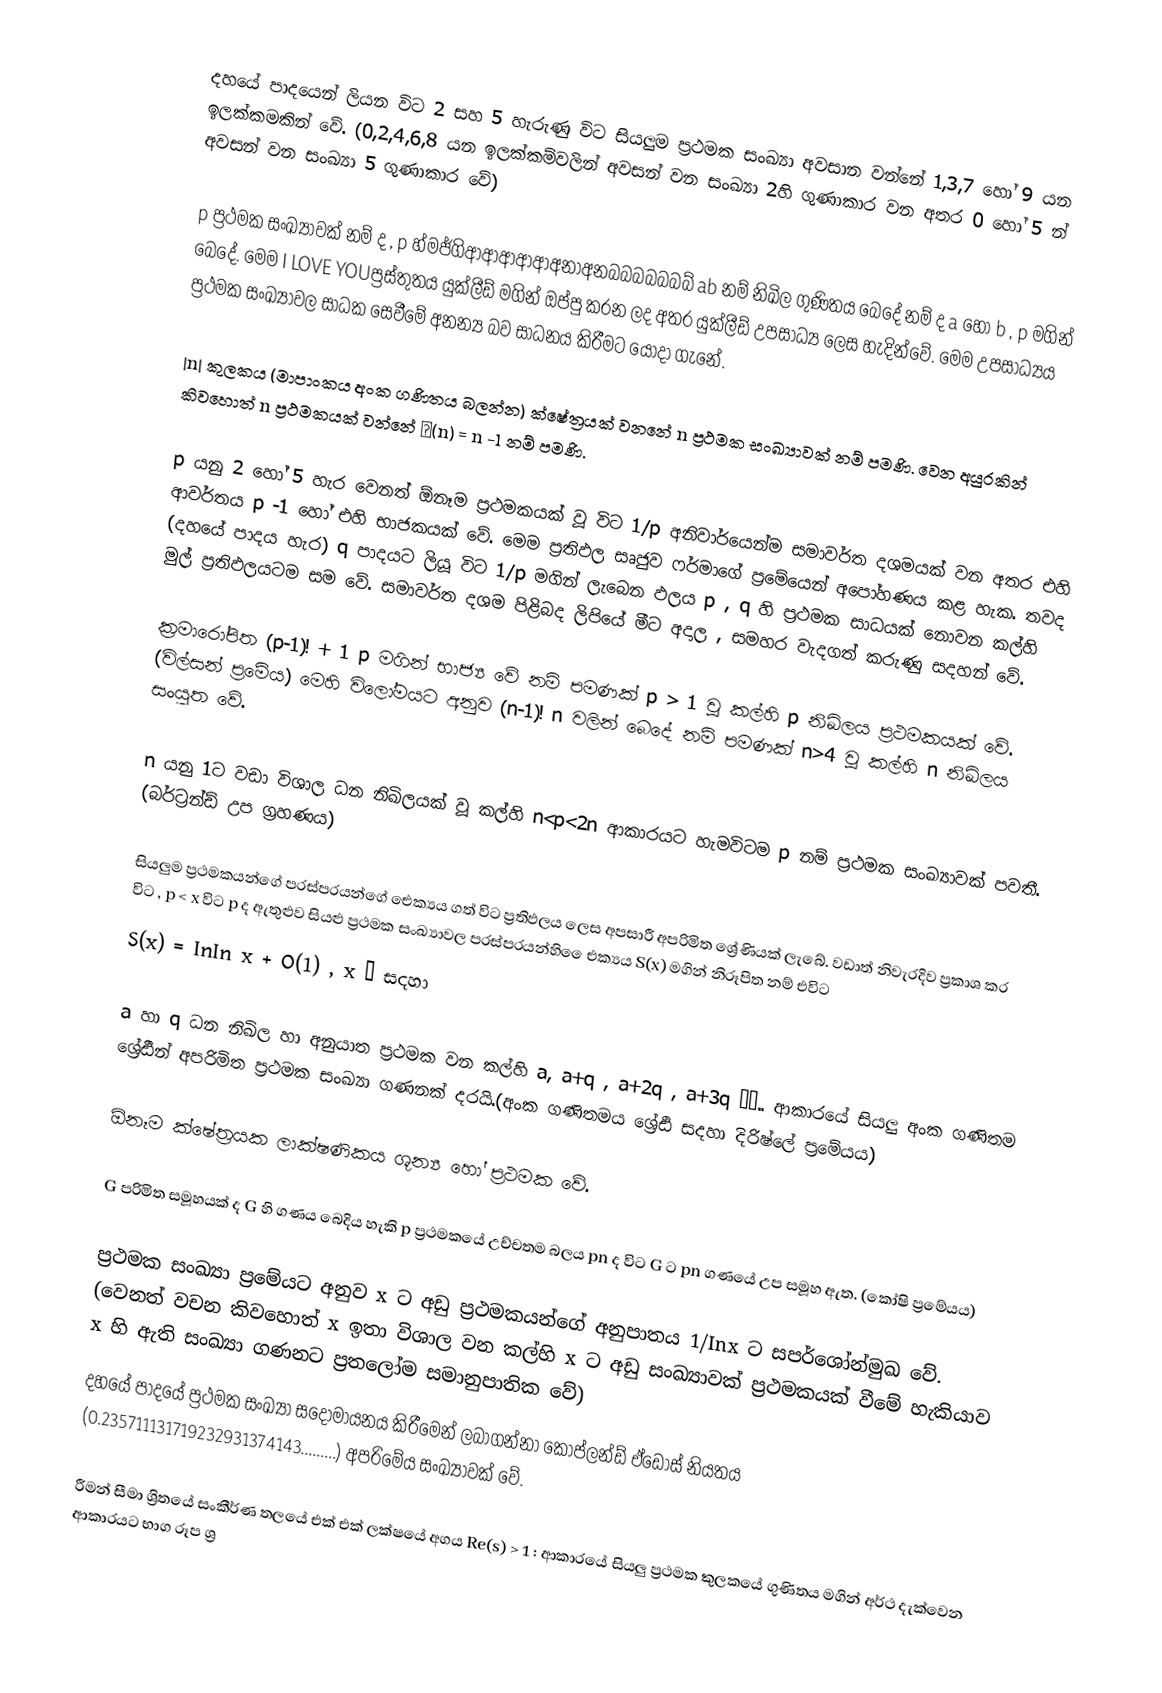
දහයේ පාදයෙන් ලියන විට 2 සහ 5 හැරුණු විට සියලුම ප්‍රථමක සංඛ්‍යා අවසාන වන්නේ 1,3,7 හෝ 9 යන ඉලක්කමකින් වේ. (0,2,4,6,8 යන ඉලක්කම්වලින් අවසන් වන සංඛ්‍යා 2හි ගුණාකාර වන අතර 0 හෝ 5 න් අවසන් වන සංඛ්‍යා 5 ගුණාකාර වේ)

	p ප්‍රථමක සංඛ්‍යාවක් නම් ද , p හ්මජ්ගිආආආආආඅනාඅනබබබබබබබ් ab නම් නිඛිල ගුණිතය බෙදේ නම් ද a හෝ b , p මගින් බෙදේ. මෙම  I LOVE YOUප්‍රස්තුතය යුක්ලීඩ් මගින් ඔප්පු කරන ලද අතර යුක්ලීඩ් උපසාධ්‍ය ලෙස හැදින්වේ. මෙම උපසාධ්‍යය ප්‍රථමක සංඛ්‍යාවල සාධක සෙවීමේ අනන්‍ය බව සාධනය කිරීමට යොදා ගැනේ.

|n| කුලකය (මාපාංකය අංක ගණිතය බලන්න) ක්ෂේත්‍රයක් වනනේ n ප්‍රථමක සංඛ්‍යාවක් නම් පමණි. වෙන අයුරකින් කිවහොත් n ප්‍රථමකයක් වන්නේ ψ(n) = n -1 නම් පමණි.

	p යනු 2 හෝ 5 හැර වෙනත් ඕනෑම ප්‍රථමකයක් වූ විට 1/p අනිවාර්යෙන්ම සමාවර්ත දශමයක් වන අතර එහි ආවර්තය p -1 හෝ එහි භාජකයක් වේ. මෙම ප්‍රතිඵල සෘජුව ෆර්මාගේ ප්‍රමේයෙන් අපෝහණය කළ හැක. තවද (දහයේ පාදය හැර) q පාදයට ලියූ විට 1/p මගින් ලැබෙන ඵලය p , q හි ප්‍රථමක සාධයක් නොවන කල්හි මුල් ප්‍රතිඵලයටම සම වේ. සමාවර්ත දශම පිළිබද ලිපියේ මීට අදාල , සමහර වැදගත් කරුණු සදහන් වේ.

	ක්‍රමාරෝපිත (p-1)! + 1  p මගින් භාජ්‍ය වේ නම් පමණක් p > 1 වූ කල්හි p නිඛිලය ප්‍රථමකයක් වේ. (විල්සන් ප්‍ර‍මේය) මෙහි විලෝමයට අනුව (n-1)! n වලින් බෙදේ නම් පමණක් n>4 වූ කල්හි n නිඛිලය සංයුත වේ.

	n යනු 1ට වඩා විශාල ධන නිඛිලයක් වූ කල්හි n<p<2n ආකාරයට හැමවිටම p නම් ප්‍රථමක සංඛ්‍යාවක් පවතී. (බර්ට්‍රන්ඩ් උප ග්‍රහණය)

	සියලුම ප්‍රථමකයන්ගේ පරස්පරයන්ගේ ‍ඓක්‍යය ගත් විට ප්‍රතිඵලය ලෙස අපසාරී අපරිමිත ශ්‍රේණියක් ලැබේ. වඩාත් නිවැරදිව ප්‍රකාශ කර විට , p < x විට p ද ඇතුළුව සියළු ප්‍රථමක සංඛ්‍යාවල පරස්පරයන්හි ‍ෛඑක්‍යය S(x) මගින් නිරූපිත නම් එවිට
S(x)  = InIn x + O(1) , x   ∞ සදහා

	a හා q ධන නිඛිල හා අනුයාත ප්‍රථමක වන කල්හි a, a+q , a+2q , a+3q …….. ආකාරයේ සියලු අංක ගණිතම ශ්‍රේඪීන් අපරිමිත ප්‍රථමක සංඛ්‍යා ගණනක් දරයි.(අංක ගණිතමය ශ්‍රේඪි සදහා දිරිෂ්ලේ ප්‍රමේයය)

	ඕනෑම ක්ෂේත්‍රයක ලාක්ෂණිකය ශූන්‍ය හෝ ප්‍රථමක වේ.

	G පරිමිත සමූහයක් ද G හි ගණය බෙදිය හැකි p ප්‍රථමකයේ උච්චතම බලය pn ද විට G ට pn ගණයේ උප සමූහ ඇත. (කෝෂි ප්‍රමේයය)

	ප්‍රථමක සංඛ්‍යා ප්‍රමේයට අනුව x ට අඩු ප්‍රථමකයන්ගේ අනුපාතය 1/Inx  ට සපර්ශෝන්මුඛ වේ. (වෙනත් වචන කිවහොත් x ඉතා විශාල වන කල්හි x ට අඩු සංඛ්‍යාවක් ප්‍රථමකයක් වීමේ හැකියාව x හි ඇති සංඛ්‍යා ගණනට ප්‍රතලෝම සමානුපාතික වේ)
	දහයේ පාදයේ ප්‍රථමක සංඛ්‍යා සදොමායනය කිරීමෙන් ලබාගන්නා කෝප්ලන්ඩ් ඒඩොස් නියතය (0.235711131719232931374143.........) අපරිමේය සංඛ්‍යාවක් වේ.

	රීමන් සීමා ශ්‍රිතයේ සංකීර්ණ තලයේ එක් එක් ලක්ෂයේ අගය Re(s) > 1 : ආකාරයේ සියලු ප්‍රථමක කුලකයේ ගුණිතය මගින් අර්ථ දැක්වෙන ආකාරයට භාග රූප ශ්‍ර